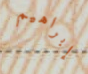
إبراهيم